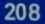
208